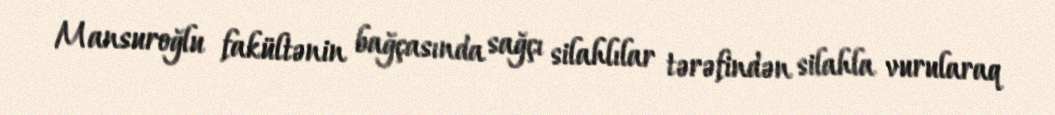
Mansuroğlu fakültənin bağçasında sağçı silahlılar tərəfindən silahla vurularaq